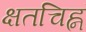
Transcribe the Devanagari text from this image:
क्षतचिह्नं